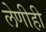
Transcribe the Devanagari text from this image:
लेणीही